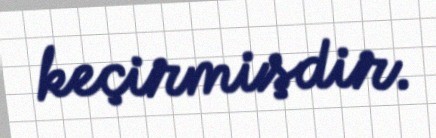
keçirmişdir.